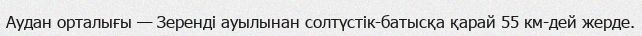
Аудан орталығы — Зеренді ауылынан солтүстік-батысқа қарай 55 км-дей жерде.